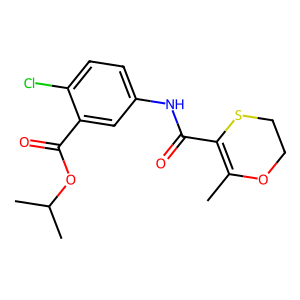
SMILES: CC1=C(C(=O)Nc2ccc(Cl)c(C(=O)OC(C)C)c2)SCCO1
Inhibits HIV replication: Yes